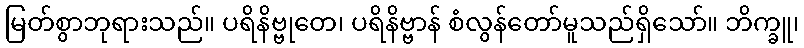
မြတ်စွာဘုရားသည်။ ပရိနိဗ္ဗုတေ၊ ပရိနိဗ္ဗာန် စံလွန်တော်မူသည်ရှိသော်။ ဘိက္ခူ၊